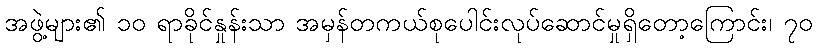
အဖွဲ့များ၏ ၁၀ ရာခိုင်နှုန်းသာ အမှန်တကယ်စုပေါင်းလုပ်ဆောင်မှုရှိတော့ကြောင်း၊ ၇၀